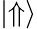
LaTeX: \left|\Uparrow\right\rangle